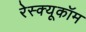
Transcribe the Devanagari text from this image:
रेस्क्यूकॉम